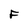
Character: F